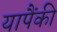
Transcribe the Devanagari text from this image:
यापैंकी